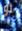
لو